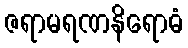
ဇရာမရဏနိရောဓံ